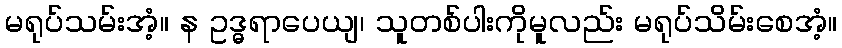
မရုပ်သမ်းအံ့။ န ဥဒ္ဓရာပေယျ၊ သူတစ်ပါးကိုမူလည်း မရုပ်သိမ်းစေအံ့။